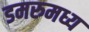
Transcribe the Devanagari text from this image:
डमरुमध्य